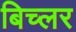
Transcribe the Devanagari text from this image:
बिच्लर